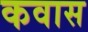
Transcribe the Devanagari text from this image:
कवास